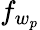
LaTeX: f_{w_{p}}